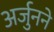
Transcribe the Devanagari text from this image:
अर्जुनने